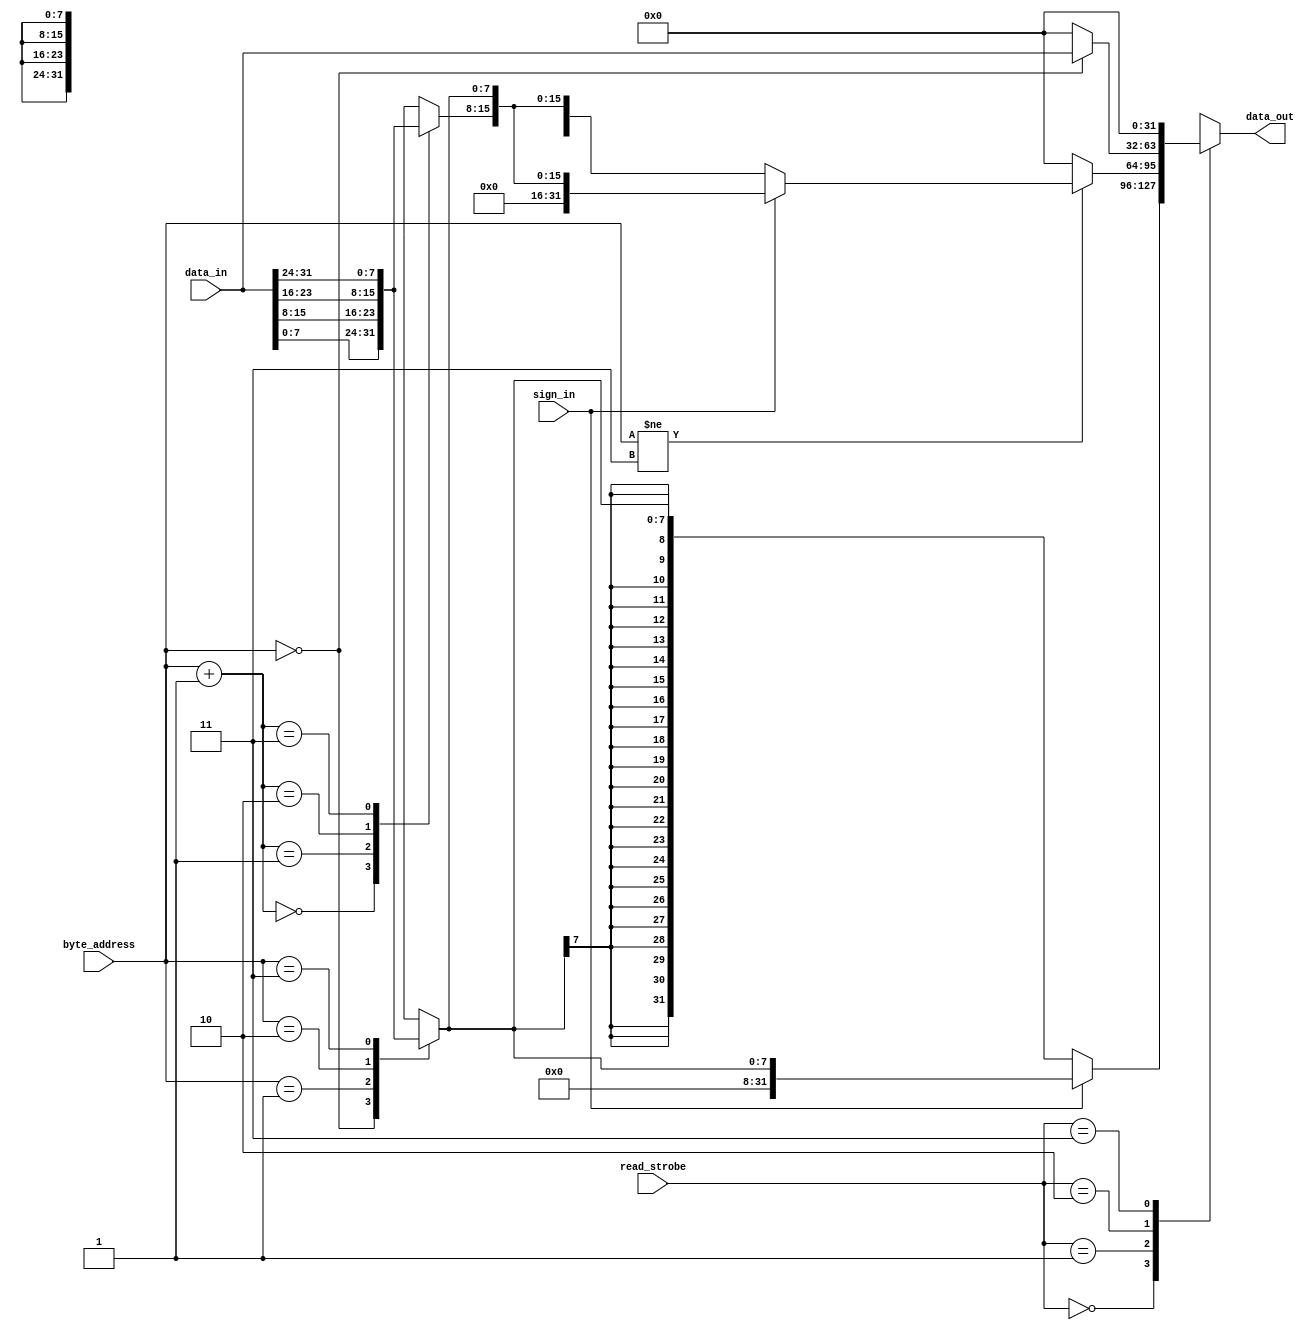
module load_unit(
    input       [31:0] data_in,
    input       [1:0]  read_strobe,
    input       [1:0]  byte_address,
    input              sign_in, //1 unsigned, 0 signed
    output reg  [31:0] data_out
    );

//00 byte 01 hw 10 word
wire [7:0] byte [0:3];

assign {byte[3], byte[2], byte[1], byte[0]} = data_in;

always @(*) begin
    case(read_strobe)
        2'b00: begin //read byte
            if(sign_in)
                data_out = {24'd0, byte[byte_address]};
            else
                data_out = {{24{byte[byte_address][7]}}, byte[byte_address]};
        end
        2'b01: begin //read hw
            if(byte_address != 2'b11)
                if (sign_in)
                    data_out = {16'd0, byte[byte_address+1], byte[byte_address]};
                else
                    data_out = {{16{byte[byte_address+1][7]}}, byte[byte_address+1], byte[byte_address]};
            else
                data_out = 32'd0;
        end
        2'b10: begin //read word
            if(byte_address == 2'b00)
                data_out = data_in;
            else
                data_out = 32'd0;      
        end
        2'b11: begin
            data_out = 32'd0;
        end
    endcase
end
    
endmodule